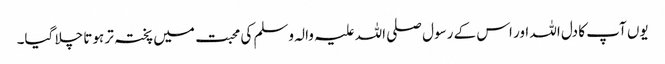
یوں آپ کا دل اللہ اور اس کے رسول صلی اللہ علیہ والہ وسلم کی محبت میں پختہ تر ہوتا چلا گیا۔